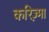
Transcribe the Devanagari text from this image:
करिज़्मा